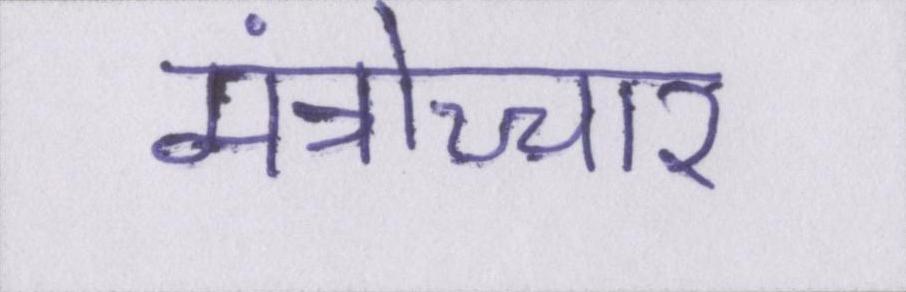
मंत्रोच्चार